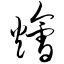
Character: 烩